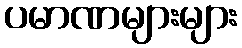
ပမာဏများများ